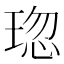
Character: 𤦏